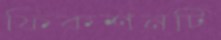
ফিকশনটি